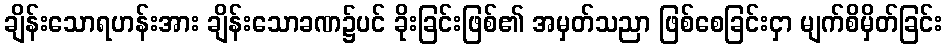
ချိန်းသောရဟန်းအား ချိန်းသောခဏ၌ပင် ခိုးခြင်းဖြစ်၏ အမှတ်သညာ ဖြစ်စေခြင်းငှာ မျက်စိမှိတ်ခြင်း